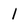
Character: l